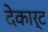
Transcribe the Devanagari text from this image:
देकार्ट